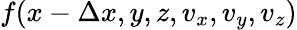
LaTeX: f(x-\Delta x,y,z,v_{x},v_{y},v_{z})